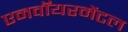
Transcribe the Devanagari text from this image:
एनवॉयरमेंटल